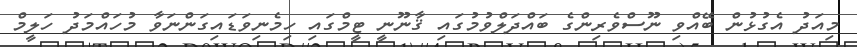
މިއަދު އެގުޅުން ބޭއްވި ނޫސްވެރިންގެ ބައްދަލްވުމުގައި ޤާނޫނީ ޓީމްގައި ހިމެނިވަޑައިގަންނަވާ މުހައްމަދު ހަލީމް